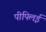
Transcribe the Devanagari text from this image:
पीपिलई